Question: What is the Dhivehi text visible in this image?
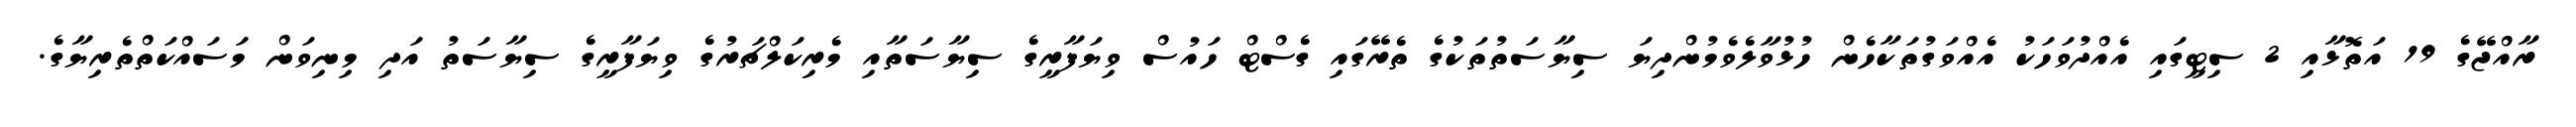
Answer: ރާއްޖޭގެ 19 އަތޮޅާއި 2 ސިޓީގައި އެއްދުވަހަކު އެއްވަގުތަކާހެން ހުޅުވާލެވެމުންދިޔަ ސިޔާސަތުތަކުގެ ތެރޭގައި ގެސްޓް ހައުސް ވިޔަފާރީގެ ސިޔާސަތާއި މެރިކަލްޗަރުގެ ވިޔަފާރީގެ ސިޔާސަތު އަދި މިނިވަން މަސައްކަތްތެރިޔާގެ.